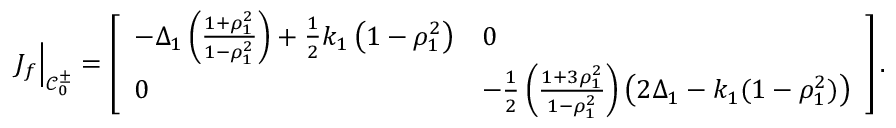
J _ { f } \Big \rvert _ { \mathcal { C } _ { 0 } ^ { \pm } } = \left[ \begin{array} { l l } { - \Delta _ { 1 } \left( \frac { 1 + \rho _ { 1 } ^ { 2 } } { 1 - \rho _ { 1 } ^ { 2 } } \right) + \frac { 1 } { 2 } k _ { 1 } \left( 1 - \rho _ { 1 } ^ { 2 } \right) } & { 0 } \\ { 0 } & { - \frac { 1 } { 2 } \left( \frac { 1 + 3 \rho _ { 1 } ^ { 2 } } { 1 - \rho _ { 1 } ^ { 2 } } \right) \left( 2 \Delta _ { 1 } - k _ { 1 } ( 1 - \rho _ { 1 } ^ { 2 } ) \right) } \end{array} \right] .